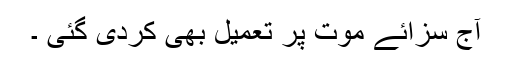
آج سزائے موت پر تعمیل بھی کردی گئی ۔